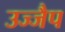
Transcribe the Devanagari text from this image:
उज्जैप